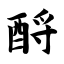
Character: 酹